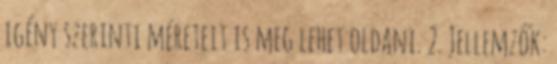
igény szerinti méreteit is meg lehet oldani. 2. Jellemzők: